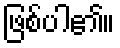
ဖြစ်ပါ၏။